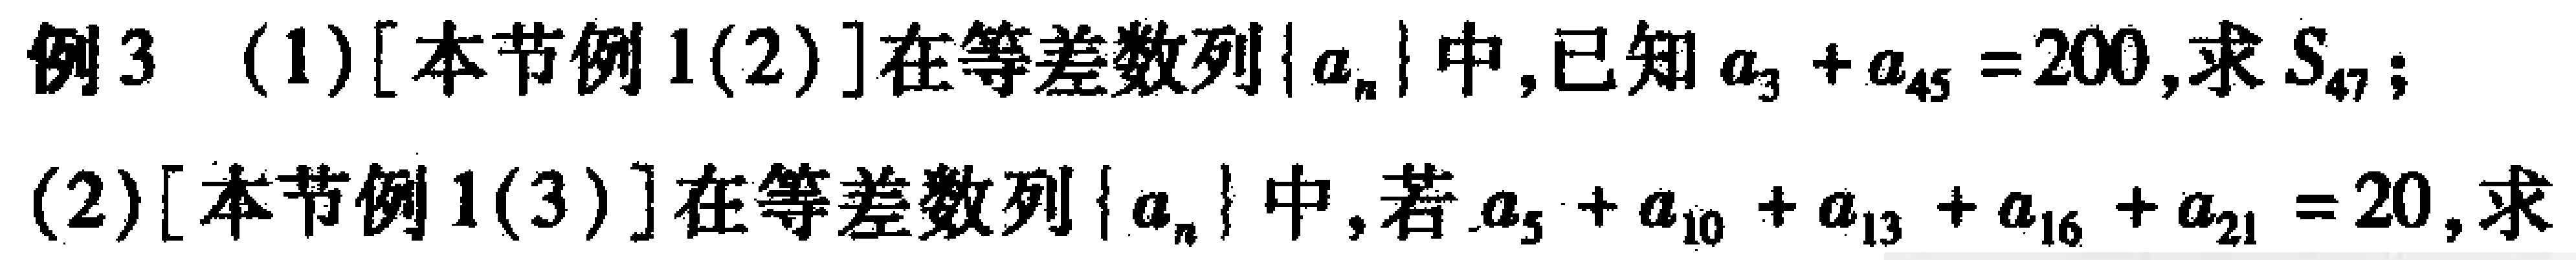
例3 (1) [本节例1(2)]在等差数列\(\{a_{n}\}\)中,已知\(a_{3}+a_{45}=200\),求\(S_{47}\);
(2) [本节例1(3)]在等差数列\(\{a_{n}\}\)中,若\(a_{5}+a_{10}+a_{13}+a_{16}+a_{21}=20\),求